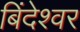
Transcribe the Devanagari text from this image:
बिंदेश्‍वर